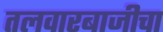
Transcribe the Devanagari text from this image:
तलवारबाजीचा